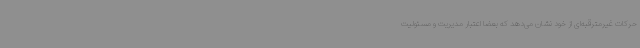
حرکات غیرمترقبه‌ای از خود نشان می‌دهد که بعضاً اعتبار مدیریت و مسئولیت